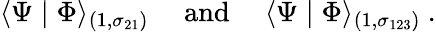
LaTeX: \langle\Psi\mid\Phi\rangle_{(1,\sigma_{21})}~~~~~\mathrm{and}~~~~~\langle\Psi\mid\Phi\rangle_{(1,\sigma_{123})}~.